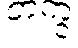
တကွ